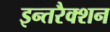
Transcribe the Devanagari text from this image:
इन्तरैक्शन